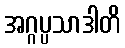
အဂ္ဂပ္ပသာဒါတိ